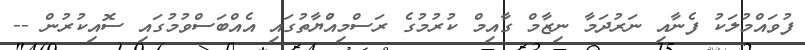
ފުވައްމުލަކު ފެނާއި ނަރުދަމާ ނިޒާމް ގާއިމް ކުރުމުގެ ރަސްމިއްުޔާތުގައި އެއްބަސްވުމުގައި ސޮއިކުރުން --